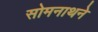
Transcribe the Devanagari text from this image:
सोमनाथने